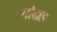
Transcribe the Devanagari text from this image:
चौदाह